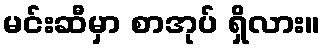
မင်းဆီမှာ စာအုပ် ရှိလား။